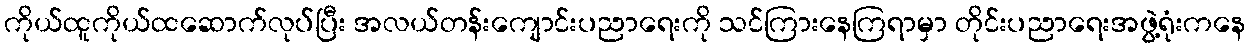
ကိုယ်ထူကိုယ်ထဆောက်လုပ်ပြီး အလယ်တန်းကျောင်းပညာရေးကို သင်ကြားနေကြရာမှာ တိုင်းပညာရေးအဖွဲ့ရုံးကနေ